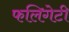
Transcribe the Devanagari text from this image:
फलिगेटी